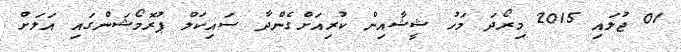
01 ޖުލައި 2015 މިރޯދަ މަހު ޝީޝާއިން ކުރިއަށްގެންދާ ސައިކަލް ޕުރޮމޯޝަންގައި އަލަށް